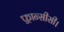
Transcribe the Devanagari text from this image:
फ़्रान्सीसी।